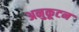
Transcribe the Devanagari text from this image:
अनुकूटन